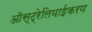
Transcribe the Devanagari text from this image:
ऑस्ट्रेलियाईकरण